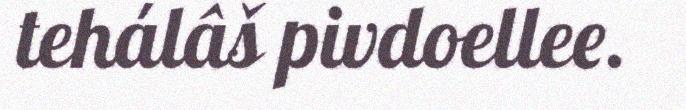
tehálâš pivdoellee.